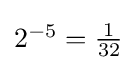
{\textstyle 2^{-5}={\frac {1}{32}}}